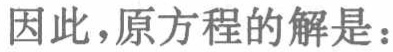
因此，原方程的解是：